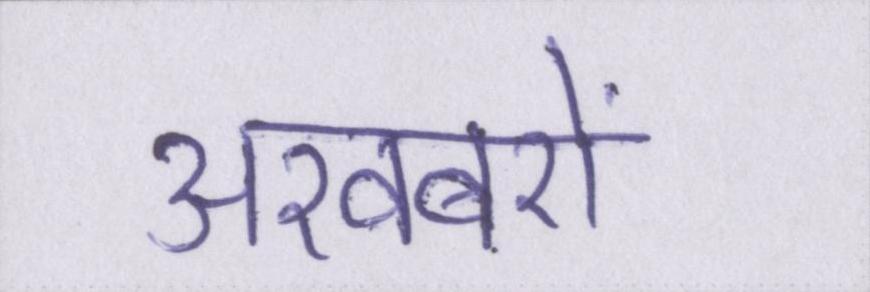
अखबरों